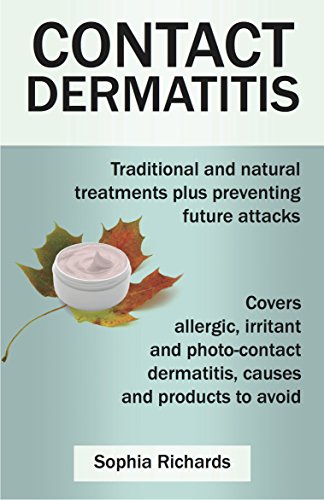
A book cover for Contact Dermatitis: Traditional and Natural Treatments Plus Preventing Future Attacks; Sophia Richards; Health, Fitness & Dieting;